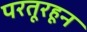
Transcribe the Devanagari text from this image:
परतूरहून